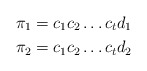
\begin{align*}\pi_1&=c_1c_2\dots c_td_1\\\pi_2&=c_1c_2\dots c_td_2\end{align*}